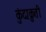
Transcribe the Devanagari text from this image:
कुंदाक्रुती